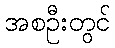
အစဦးတွင်